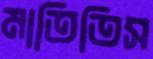
মাতিতিস